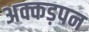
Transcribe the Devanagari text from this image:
अक्कड़पन